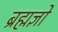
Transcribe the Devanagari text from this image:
ब्रह्मज्ञो